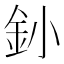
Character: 釥